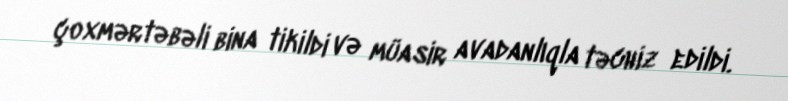
çoxmərtəbəli bina tikildi və müasir avadanlıqla təchiz edildi.